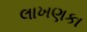
લાખણકા